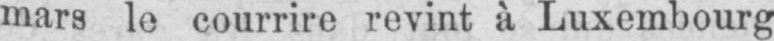
mars le courrire revint à Luxembourg